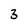
Character: 3